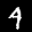
Label: 4